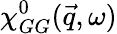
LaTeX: \chi_{GG}^{0}(\vec{q},\omega)